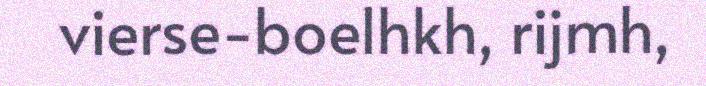
vierse-boelhkh, rijmh,